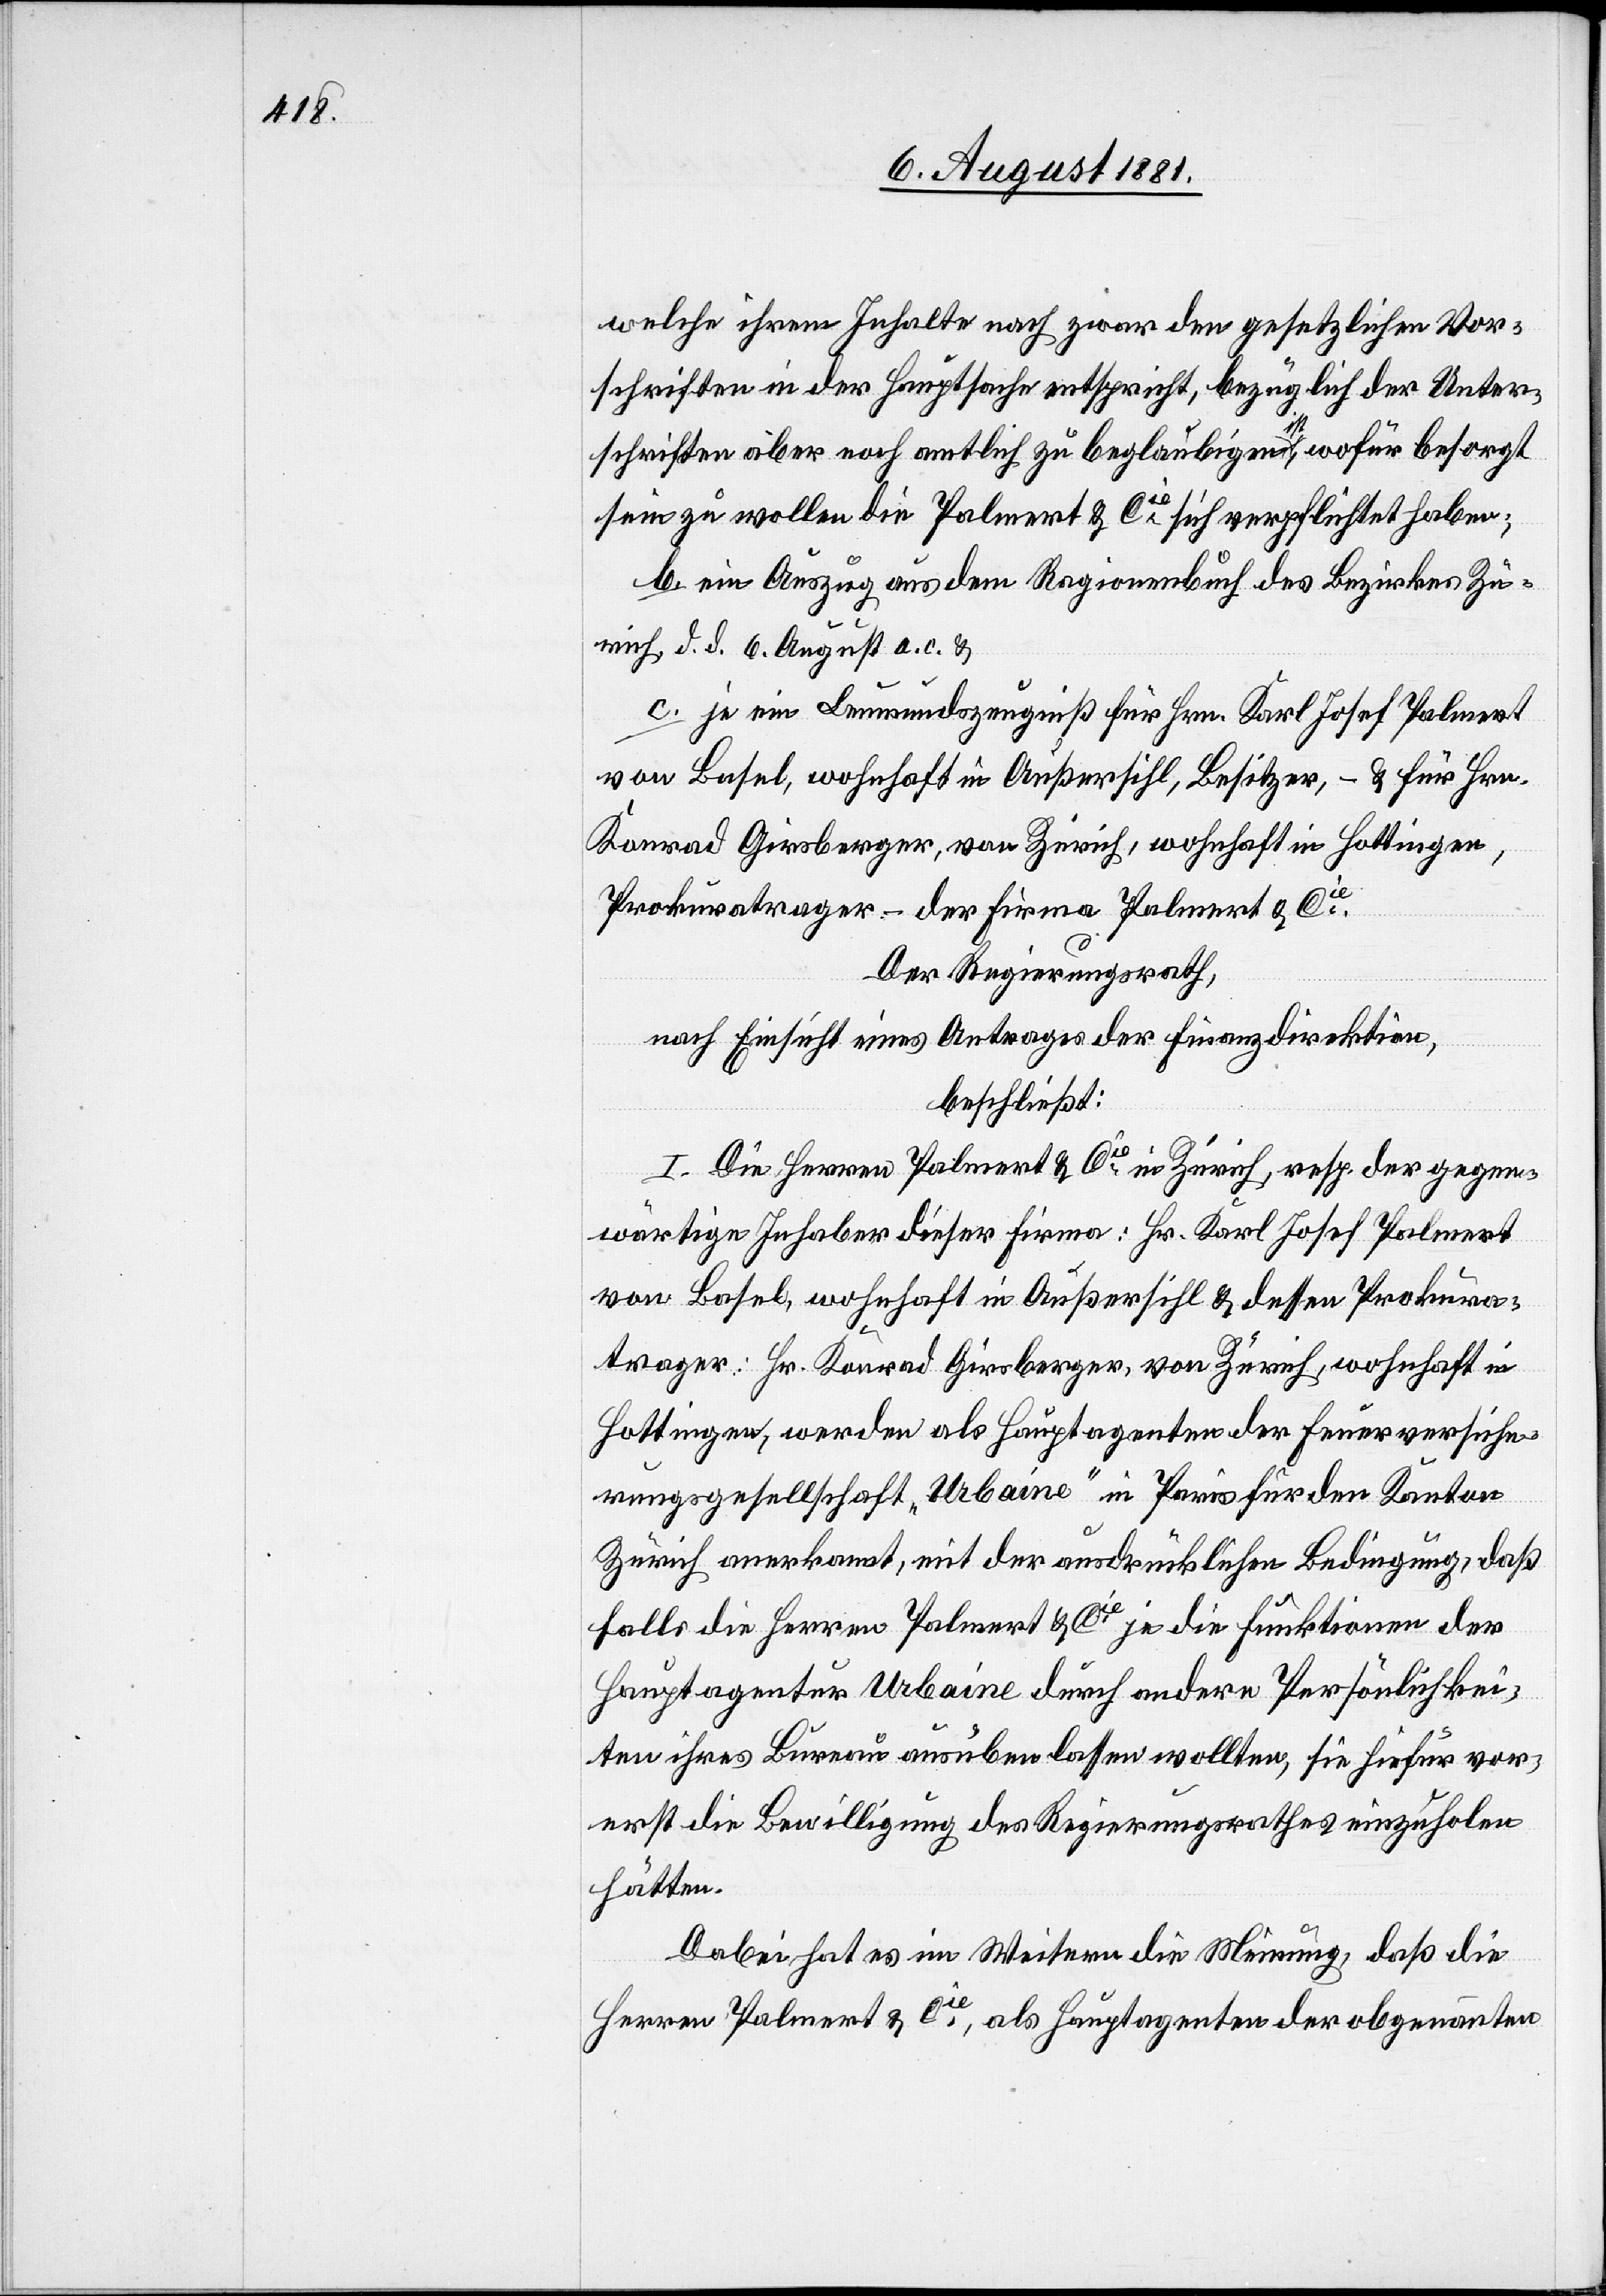
welche ihrem Inhalte nach zwar den gesetzlichen Vor¬
schriften in der Hauptsache entspricht, bezüglich der Unter¬
schriften aber noch amtlich zu beglaubigen ist, wofür besorgt
sein zu wollen die Palmert & Cie sich verpflichtet haben;
b. ein Auszug aus dem Ragionenbuch des Bezirkes Zü¬
rich d. d. 6. August a. c. &
c. je ein Leumundszeugniß für Hrn. Karl Josef Palmert
von Basel, wohnhaft in Außersihl, Besitzer, – & für Hrn.
Konrad Girsberger, von Zürich, wohnhaft in Hottingen,
Der Regierungsrath,
nach Einsicht eines Antrages der Finanzdirektion,
beschließt:
I. Die Herren Palmert & Cie in Zürich, resp. der gegen¬
wärtige Inhaber dieser Firma Hr. Karl Josef Palmert
von Basel, wohnhaft in Außersihl & dessen Prokura¬
trager: Hr. Konrad Girsberger, von Zürich, wohnhaft in
Hottingen, werden als Hauptagenten der Feuerversiche¬
rungsgesellschaft „Urbaine“ in Paris für den Kanton
Zürich anerkannt, mit der ausdrücklichen Bedingung, daß
falls die Herren Palmert & Cie je die Funktionen der
Hauptagentur Urbaine durch andere Persönlichkei¬
ten ihres Bureau ausüben lassen wollten, sie hiefür vor¬
erst die Bewilligung des Regierungsrathes einzuholen
hätten.
Dabei hat es im Weitern die Meinung, daß die
Herren Palmert & Cie, als Hauptagenten der obgenannten